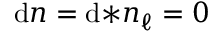
\mathrm { d } n = \mathrm { d } { * n _ { \ell } } = 0